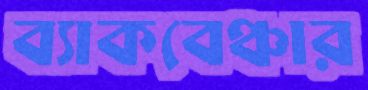
ব্যাকবেঞ্চার